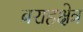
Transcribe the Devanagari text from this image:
बराहक्षेत्र